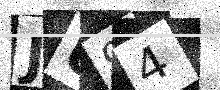
Text: JU94